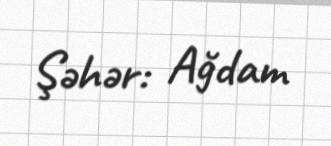
Şəhər: Ağdam